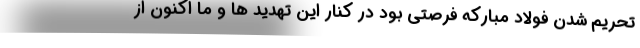
تحریم شدن فولاد مبارکه فرصتی بود در کنار این تهدید ها و ما اکنون از